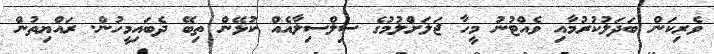
ވެރިކަން ބަދަލުކުރުމާއި ވެއްޓުނު މީހާ ޖަލަށްލުމުގެ ސިލްސިލާއެއް ކުޅޭން ތިބޭ ދެބައިމީހުން. ރައްޔިތުން